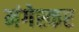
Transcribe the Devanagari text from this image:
मंगेस्कर